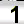
Digit: 1